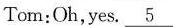
Tom:Oh,yes. \underline{5}